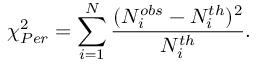
\chi _ { P e r } ^ { 2 } = \sum _ { i = 1 } ^ { N } \frac { ( N _ { i } ^ { o b s } - N _ { i } ^ { t h } ) ^ { 2 } } { N _ { i } ^ { t h } } .